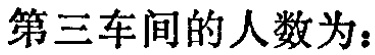
第三车间的人数为：